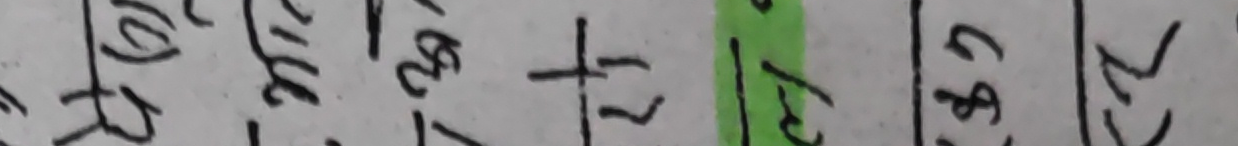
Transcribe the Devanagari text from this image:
४१ १६ २४ + २ १३ ६४ ४२